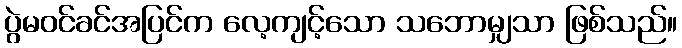
ပွဲမဝင်ခင်အပြင်က လေ့ကျင့်သော သဘောမျှသာ ဖြစ်သည်။